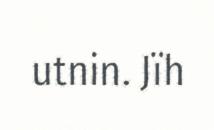
utnin. Jïh